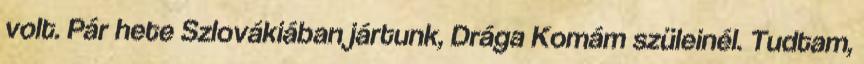
volt. Pár hete Szlovákiában jártunk, Drága Komám szüleinél. Tudtam,